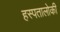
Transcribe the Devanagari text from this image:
हस्पतालोकी